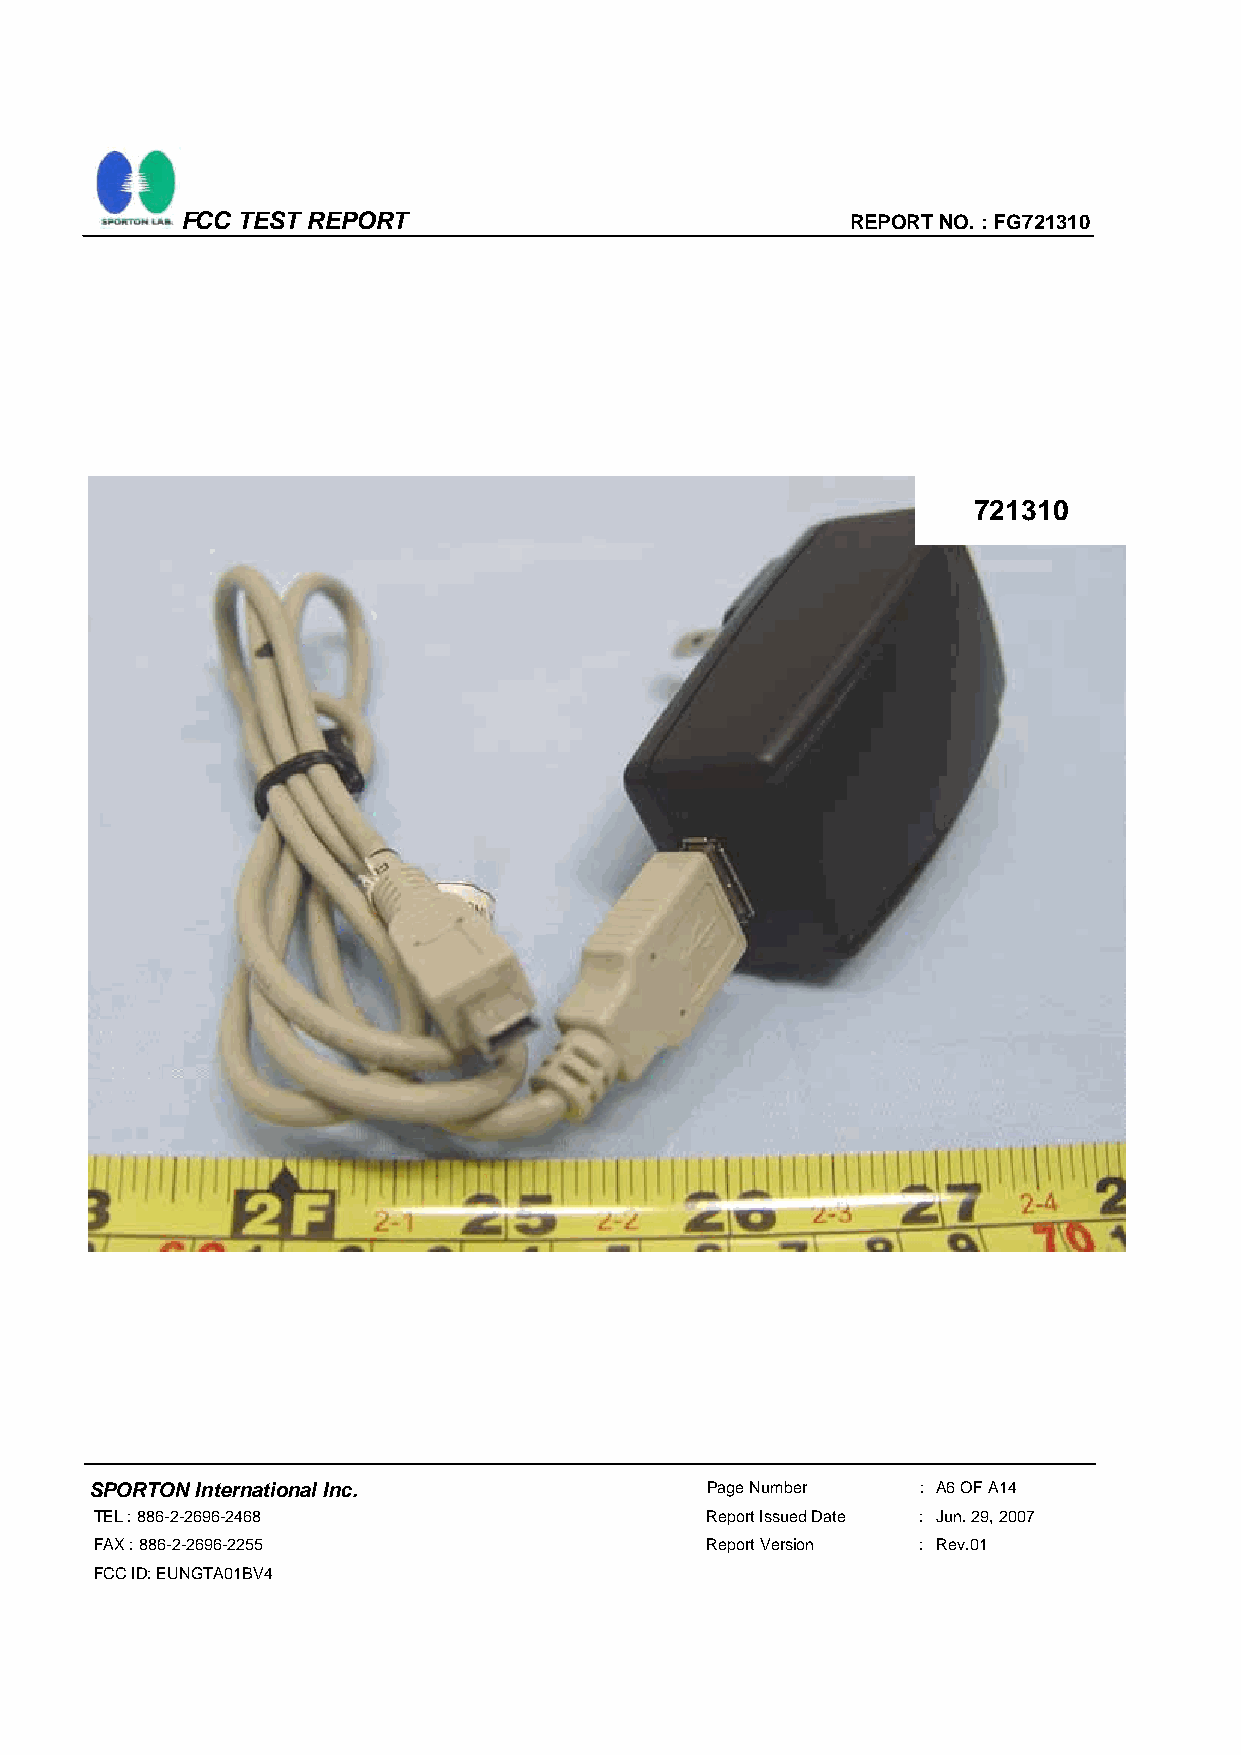
FCC TEST REPORT                             REPORT NO. : FG721310
 721310
 SPORTON International Inc.               Page Number   : A6 OF A14
 TEL : 886-2-2696-2468                    Report Issued Date : Jun. 29, 2007
 FAX : 886-2-2696-2255                    Report Version : Rev.01
 FCC ID: EUNGTA01BV4